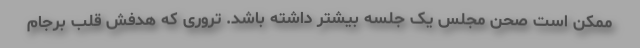
ممکن است صحن مجلس یک جلسه بیشتر داشته باشد. تروری که هدفش قلب برجام